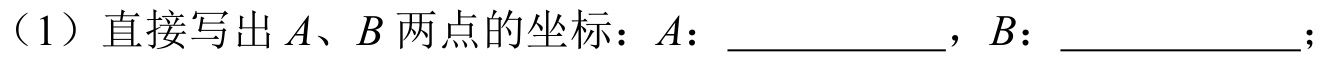
（1）直接写出\(A、B\)两点的坐标：\(A\)：  ，\(B\)：  ；